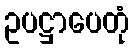
ဥပဋ္ဌာပေတုံ